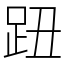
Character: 𧿔